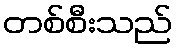
တစ်စီးသည်